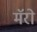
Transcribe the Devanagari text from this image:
मॅरो